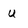
Character: u